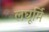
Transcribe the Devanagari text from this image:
लघूर्मि